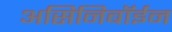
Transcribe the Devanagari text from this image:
असिनिबॉईन